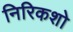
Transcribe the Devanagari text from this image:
निरिकशो